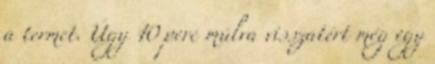
a termet. Úgy 10 perc múlva visszatért még egy